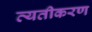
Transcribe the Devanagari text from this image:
व्यतीकरण